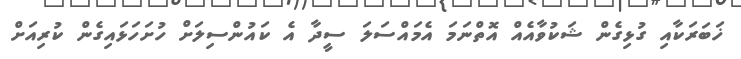
ޚަބަރަކާއި ގުޅިގެން ޝަކުވާއެއް އޮތްނަމަ އެމައްސަލަ ސީދާ އެ ކައުންސިލަށް ހުށަހަޅައިގެން ކުރިއަށް